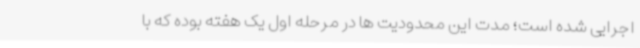
اجرایی شده است؛ مدت این محدودیت ها در مرحله اول یک هفته بوده که با